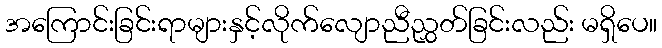
အကြောင်းခြင်းရာများနှင့်လိုက်လျောညီညွှတ်ခြင်းလည်း မရှိပေ။